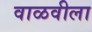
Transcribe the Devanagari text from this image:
वाळवीला